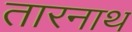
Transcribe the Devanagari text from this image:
तारनाथ